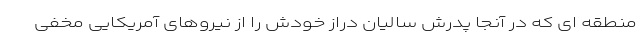
منطقه ای که در آنجا پدرش سالیان دراز خودش را از نیروهای آمریکایی مخفی